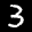
Label: 3